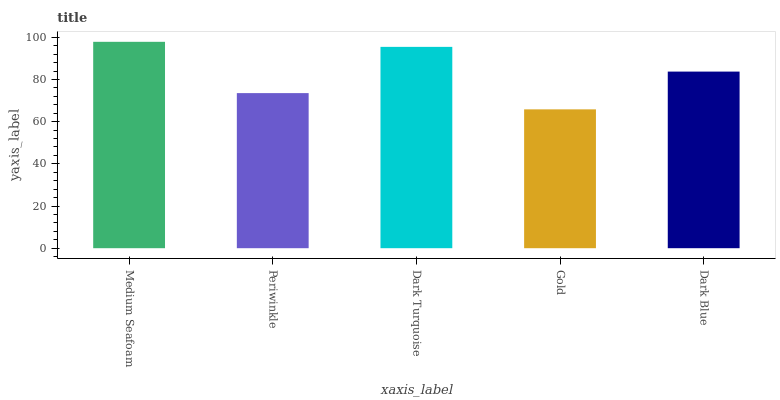
| xaxis_label | bars |
 | --- | --- |
 | Medium Seafoam | 97.8 |
 | Periwinkle | 73.5 |
 | Dark Turquoise | 95.4 |
 | Gold | 65.8 |
 | Dark Blue | 83.7 |